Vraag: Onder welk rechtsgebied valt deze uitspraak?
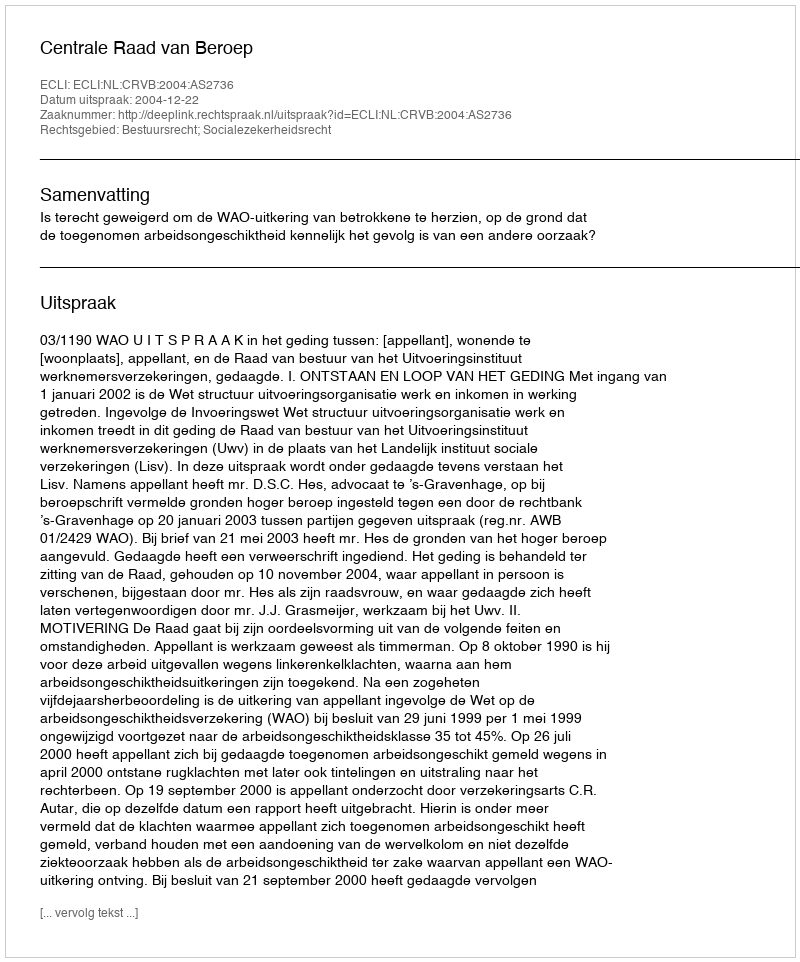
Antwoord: Bestuursrecht; Socialezekerheidsrecht